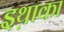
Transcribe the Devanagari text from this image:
इथ़ाका